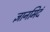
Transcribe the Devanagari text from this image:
ज्ञानमिदं